Vaccination in Burma 1912-1922 - 1912-1922
Year: 1912
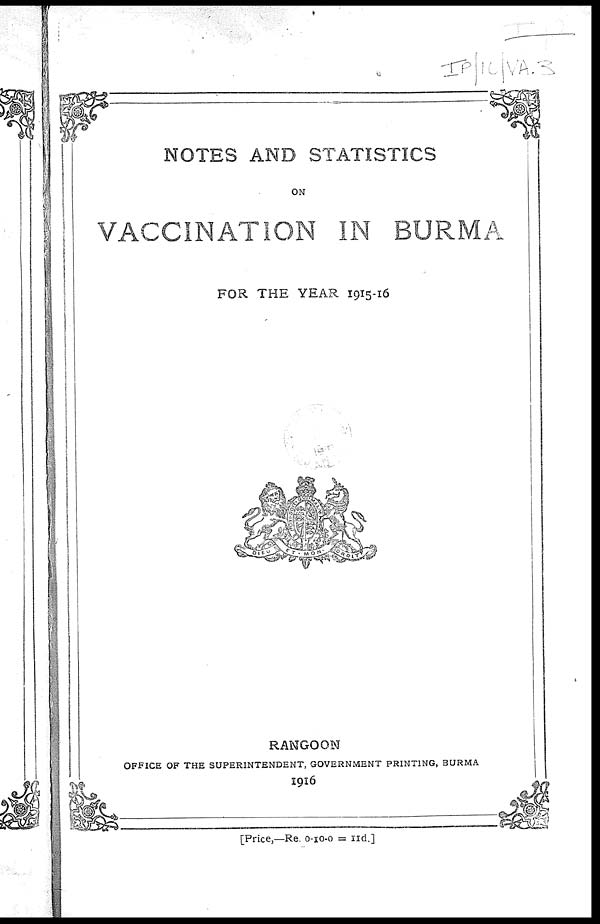
NOTES AND STATISTICS
ON
VACCINATION IN BURMA
FOR THE YEAR 1915-16
RANGOON
OFFICE OF THE SUPERINTENDENT, GOVERNMENT PRINTING, BURMA
1916
[Price,—Re. 0-10-0 = 11d.]